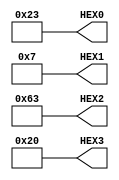
module PS2_ZAD9(
	output [6:0] HEX0, HEX1, HEX2, HEX3);

		assign HEX0=7'b0100011;		//	o
		assign HEX1=7'b0000111;		// t
		assign HEX2=7'b1100011;		// u
		assign HEX3=7'b0100000;		// a

endmodule